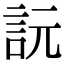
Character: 䛃